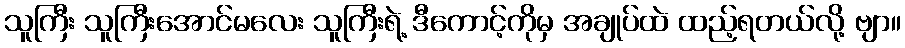
သူကြီး သူကြီးအောင်မလေး သူကြီးရဲ့ ဒီကောင့်ကိုမှ အချုပ်ထဲ ထည့်ရတယ်လို့ ဗျာ။